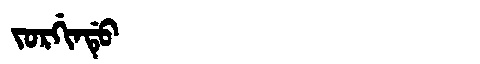
Manchu: ᠵᠣᡵᡤᡳᠨᡩᡠ
Romanization: JORGINDU